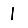
Digit: 1